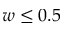
w \leq 0 . 5